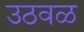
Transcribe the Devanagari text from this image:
उठवळ